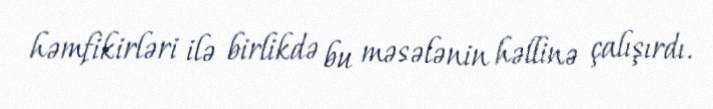
həmfikirləri ilə birlikdə bu məsələnin həllinə çalışırdı.